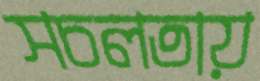
সচলতায়